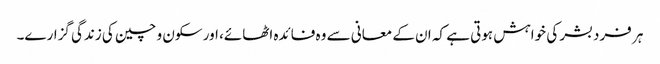
ہر فرد بشر کی خواہش ہوتی ہے کہ ان کے معانی سے وہ فائدہ اٹھائے، اور سکون و چین کی زندگی گزارے۔